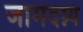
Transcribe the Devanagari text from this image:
जामदग्न्यं